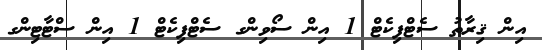
އިން ޤިރާތު ސެޓްފިކެޓް 1 އިން ސޯވިންގ ސެޓްފިކެޓް 1 އިން ސްޓާޓިންގ